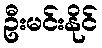
ဦးမင်းနိုင်